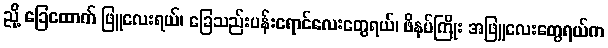
ညို့ ခြေထောက် ဖြူလေးရယ်၊ ခြေသည်းပန်းရောင်လေးတွေရယ်၊ ဖိနပ်ကြိုး အဖြူလေးတွေရယ်က